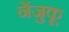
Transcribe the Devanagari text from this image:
नेंजुकू